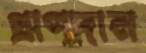
প্রাণদান